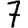
Digit: 7